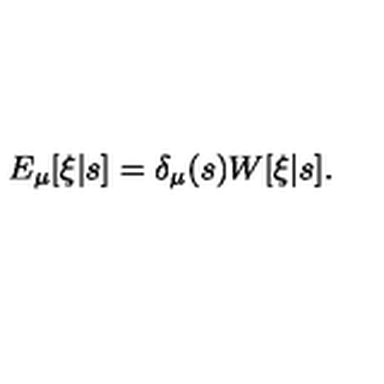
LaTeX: E _ { \mu } [ \xi | s ] = \delta _ { \mu } ( s ) W [ \xi | s ] .